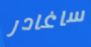
ساغادر